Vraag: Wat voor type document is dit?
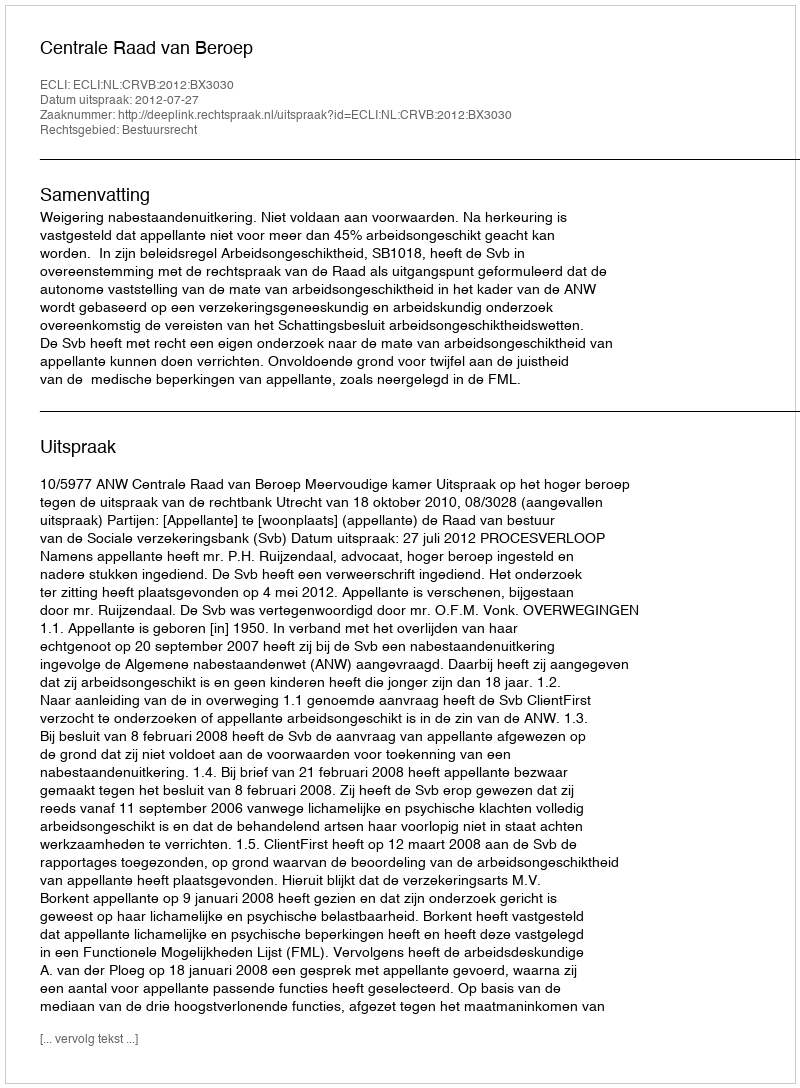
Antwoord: Uitspraak